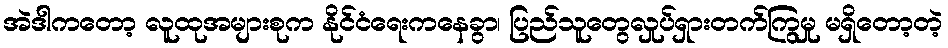
အဲဒါကတော့ လူထုအများစုက နိုင်ငံရေးကနေခွာ၊ ပြည်သူတွေလှုပ်ရှားတက်ကြွမှု မရှိတော့တဲ့